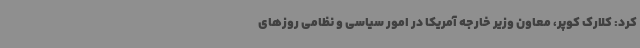
کرد: کلارک کوپر، معاون وزیر خارجه آمریکا در امور سیاسی و نظامی روزهای